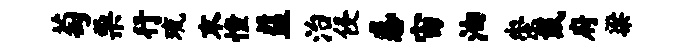
萄栗行琉末憧益治侵惑宙油崇戴府梁